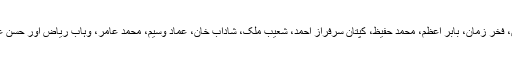
قومی ٹیم امام الحق، فخر زمان، بابر اعظم، محمد حفیظ، کپتان سرفراز احمد، شعیب ملک، شاداب خان، عماد وسیم، محمد عامر، وہاب ریاض اور حسن علی پر مشتمل ہے۔